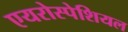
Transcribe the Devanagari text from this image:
एयरोस्पेशियल